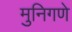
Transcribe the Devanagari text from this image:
मुनिगणे